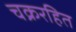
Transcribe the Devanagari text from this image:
चक्ररहित